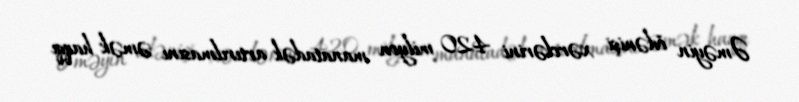
Əməyin ödənişi xərclərini 420 milyon manatadək artırılmasını əmək haqqı